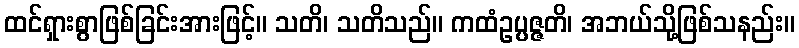
ထင်ရှားစွာဖြစ်ခြင်းအားဖြင့်။ သတိ၊ သတိသည်။ ကထံဥပ္ပဇ္ဇတိ၊ အဘယ်သို့ဖြစ်သနည်း။